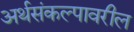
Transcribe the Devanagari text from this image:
अर्थसंकल्पावरील